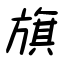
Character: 旗